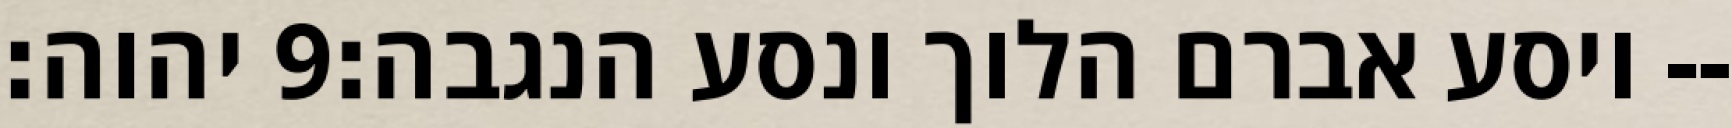
יהוה׃ ‎9‏ ויסע אברם הלוך ונסע הנגבה׃--